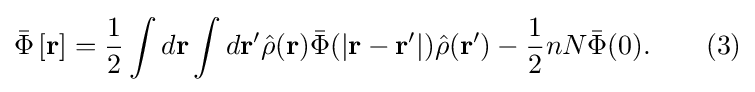
{\bar {\Phi }}\left[\mathbf {r} \right]={\frac {1}{2}}\int d\mathbf {r} \int d\mathbf {r} '{\hat {\rho }}(\mathbf {r} ){\bar {\Phi }}(\left|\mathbf {r} -\mathbf {r} '\right|){\hat {\rho }}(\mathbf {r} ')-{\frac {1}{2}}nN{\bar {\Phi }}(0).\qquad (3)